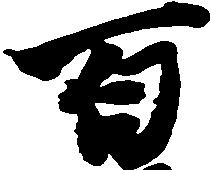
百